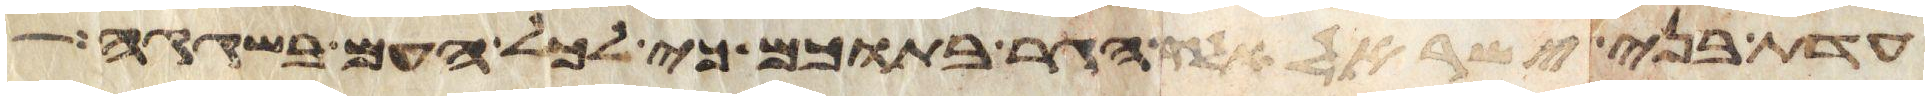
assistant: עדת בני ישראל ולגר הגר בתוכם כי לכל העם בשגגה